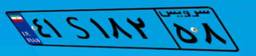
۴۱S۱۸۲۵۸